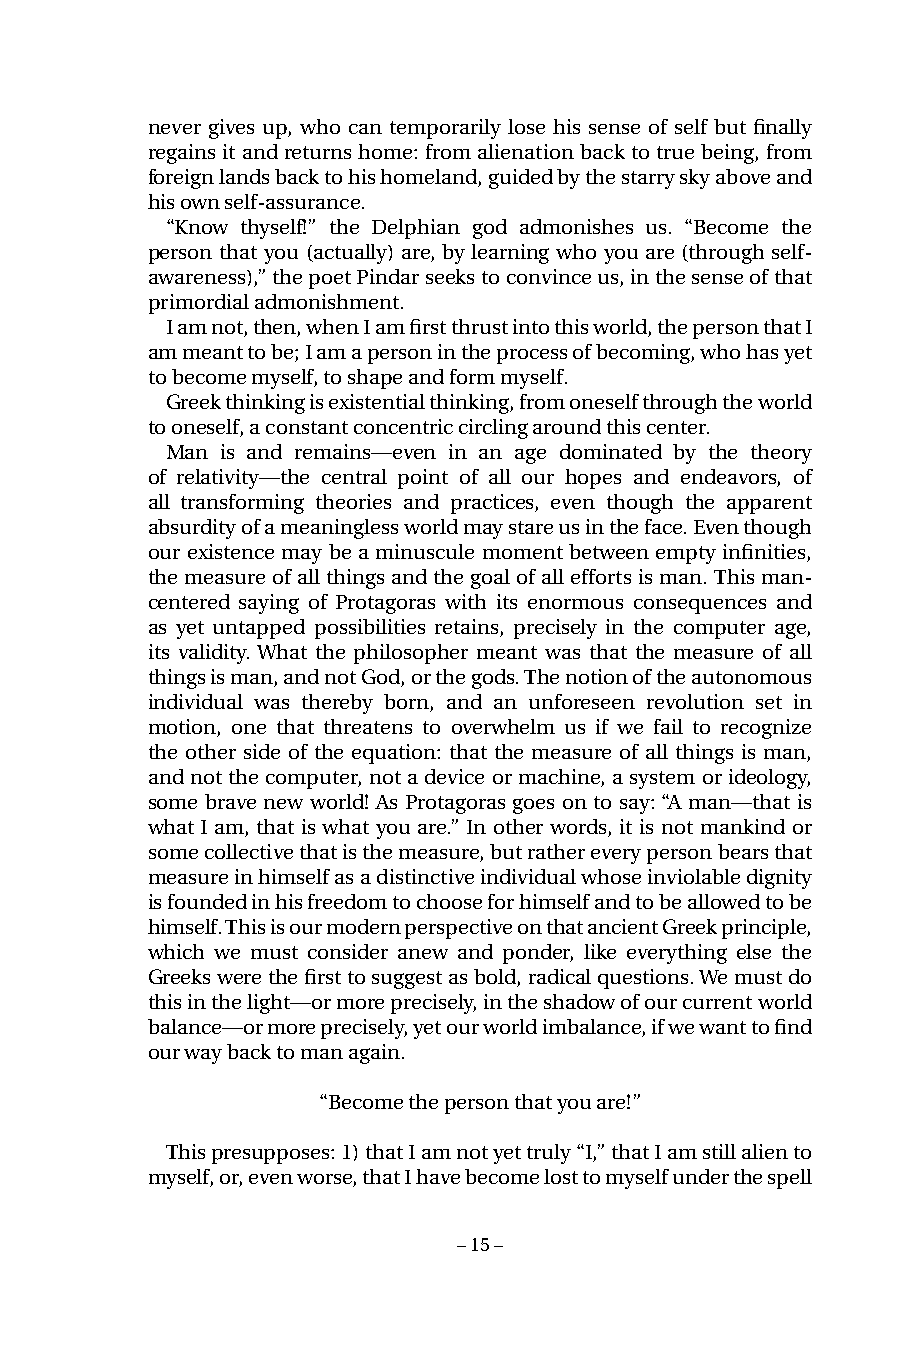
never gives up, who can temporarily lose his sense of self but finally
 regains it and returns home: from alienation back to true being, from
 foreign lands back to his homeland, guided by the starry sky above and
 his own self-assurance.
 “Know thyself!” the Delphian god admonishes us. “Become the
 person that you (actually) are, by learning who you are (through self-
 awareness),” the poet Pindar seeks to convince us, in the sense of that
 primordial admonishment.
 I am not, then, when I am first thrust into this world, the person that I
 am meant to be; I am a person in the process of becoming, who has yet
 to become myself, to shape and form myself.
 Greek thinking is existential thinking, from oneself through the world
 to oneself, a constant concentric circling around this center.
 Man is and remains—even in an age dominated by the theory
 of relativity—the central point of all our hopes and endeavors, of
 all transforming theories and practices, even though the apparent
 absurdity of a meaningless world may stare us in the face. Even though
 our existence may be a minuscule moment between empty infinities,
 the measure of all things and the goal of all efforts is man. This man-
 centered saying of Protagoras with its enormous consequences and
 as yet untapped possibilities retains, precisely in the computer age,
 its validity. What the philosopher meant was that the measure of all
 things is man, and not God, or the gods. The notion of the autonomous
 individual was thereby born, and an unforeseen revolution set in
 motion, one that threatens to overwhelm us if we fail to recognize
 the other side of the equation: that the measure of all things is man,
 and not the computer, not a device or machine, a system or ideology,
 some brave new world! As Protagoras goes on to say: “A man—that is
 what I am, that is what you are.” In other words, it is not mankind or
 some collective that is the measure, but rather every person bears that
 measure in himself as a distinctive individual whose inviolable dignity
 is founded in his freedom to choose for himself and to be allowed to be
 himself. This is our modern perspective on that ancient Greek principle,
 which we must consider anew and ponder, like everything else the
 Greeks were the first to suggest as bold, radical questions. We must do
 this in the light—or more precisely, in the shadow of our current world
 balance—or more precisely, yet our world imbalance, if we want to find
 our way back to man again.
 “Become the person that you are!”
 This presupposes: 1) that I am not yet truly “I,” that I am still alien to
 myself, or, even worse, that I have become lost to myself under the spell
 – 15 –